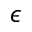
\epsilon